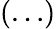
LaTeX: (\ldots)